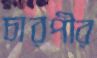
চারপীর